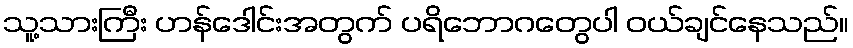
သူ့သားကြီး ဟန်ဒေါင်းအတွက် ပရိဘောဂတွေပါ ဝယ်ချင်နေသည်။